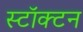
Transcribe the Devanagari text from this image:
स्टॉक्टन